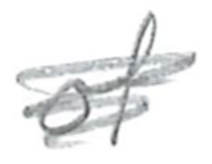
Text: of
Cross-out: mix
Writing tool: pencil